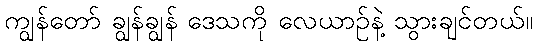
ကျွန်တော် ချွန်ချွန် ဒေသကို လေယာဉ်နဲ့ သွားချင်တယ်။